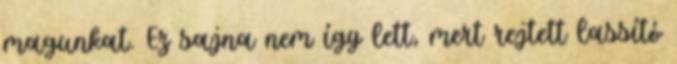
magunkat. Ez sajna nem így lett, mert rejtett lassító